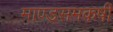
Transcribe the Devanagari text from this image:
माण्डसमकर्षी